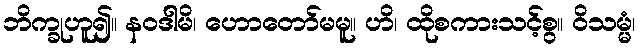
ဘိက္ခုဟူ၍။ နဝဒါမိ၊ ဟောတော်မမူ။ ဟိ၊ ထိုစကားသင့်စွ။ ဝိသမ္မံ၊